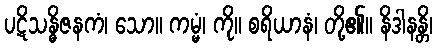
ပဋိသန္ဓိဇနကံ၊ သော။ ကမ္မံ၊ ကို။ စရိယာနံ၊ တို့၏။ နိဒါနန္တိ၊